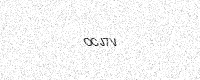
Text: OCJ7V